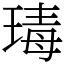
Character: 瑇